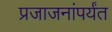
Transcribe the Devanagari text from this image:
प्रजाजनांपर्यंत